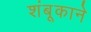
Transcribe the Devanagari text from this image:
शंबूकाने